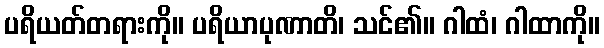
ပရိယတ်တရားကို။ ပရိယာပုဏာတိ၊ သင်၏။ ဂါထံ၊ ဂါထာကို။